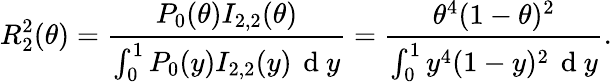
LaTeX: R_{2}^{2}(\theta)=\frac{P_{0}(\theta)I_{2,2}(\theta)}{\int_{0}^{1}P_{0}(y)I_{2,2}(y)\, \mathrm{~d~}y}=\frac{\theta^{4}(1-\theta)^{2}}{\int_{0}^{1}y^{4}(1-y)^{2}\, \mathrm{~d~}y}.